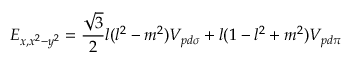
E _ { x , x ^ { 2 } - y ^ { 2 } } = { \frac { \sqrt { 3 } } { 2 } } l ( l ^ { 2 } - m ^ { 2 } ) V _ { p d \sigma } + l ( 1 - l ^ { 2 } + m ^ { 2 } ) V _ { p d \pi }